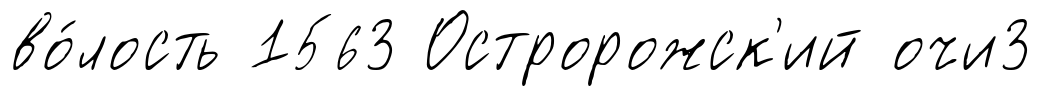
во́лость 1563 Остророжск'ий очи3